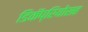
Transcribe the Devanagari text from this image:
डिकॅप्रियोसह